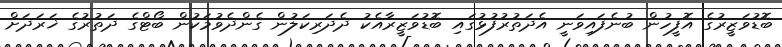
ބޮޑުވަޒީރުގެ އޮފީހުން ބުނެފައިވަނީ އެދަތުރުފުޅުގައި ބޮޑުވަޒީރާއެކު ދެދަރިކަލުން ގެންދެވުމަކުން ބޯޓްގެ ދަތުރުގެ ޚަރަދަށް